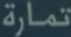
تمارة